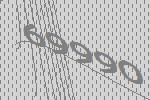
69990